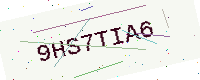
Text: 9HS7TIA6